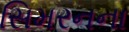
સિમરનના